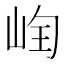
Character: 𡷄